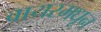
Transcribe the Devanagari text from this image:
वायरमधून